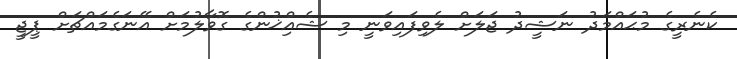
ކެނެރީގެ މުޙައްމަދު ނަޝީދު ޖަލަށް ލެވިފައިވަނީ މި ޝެއްިޚުންގެ ގޮވާލުމަށް އޭނަގެމައްޗަށް ޕީޖީ